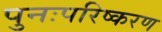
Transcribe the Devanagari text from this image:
पुनःपरिष्करण